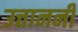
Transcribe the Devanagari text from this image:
उत्ताननी